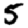
Digit: 5